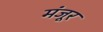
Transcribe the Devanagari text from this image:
मंंजूर